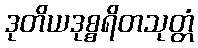
ဒုတိယဒုစ္စရိတသုတ္တံ